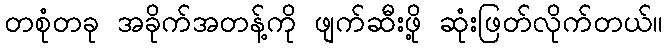
တစုံတခု အခိုက်အတန့်ကို ဖျက်ဆီးဖို့ ဆုံးဖြတ်လိုက်တယ်။